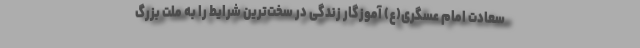
سعادت امام عسگری(ع) آموزگار زندگی در سخت‌ترین شرایط را به ملت بزرگ